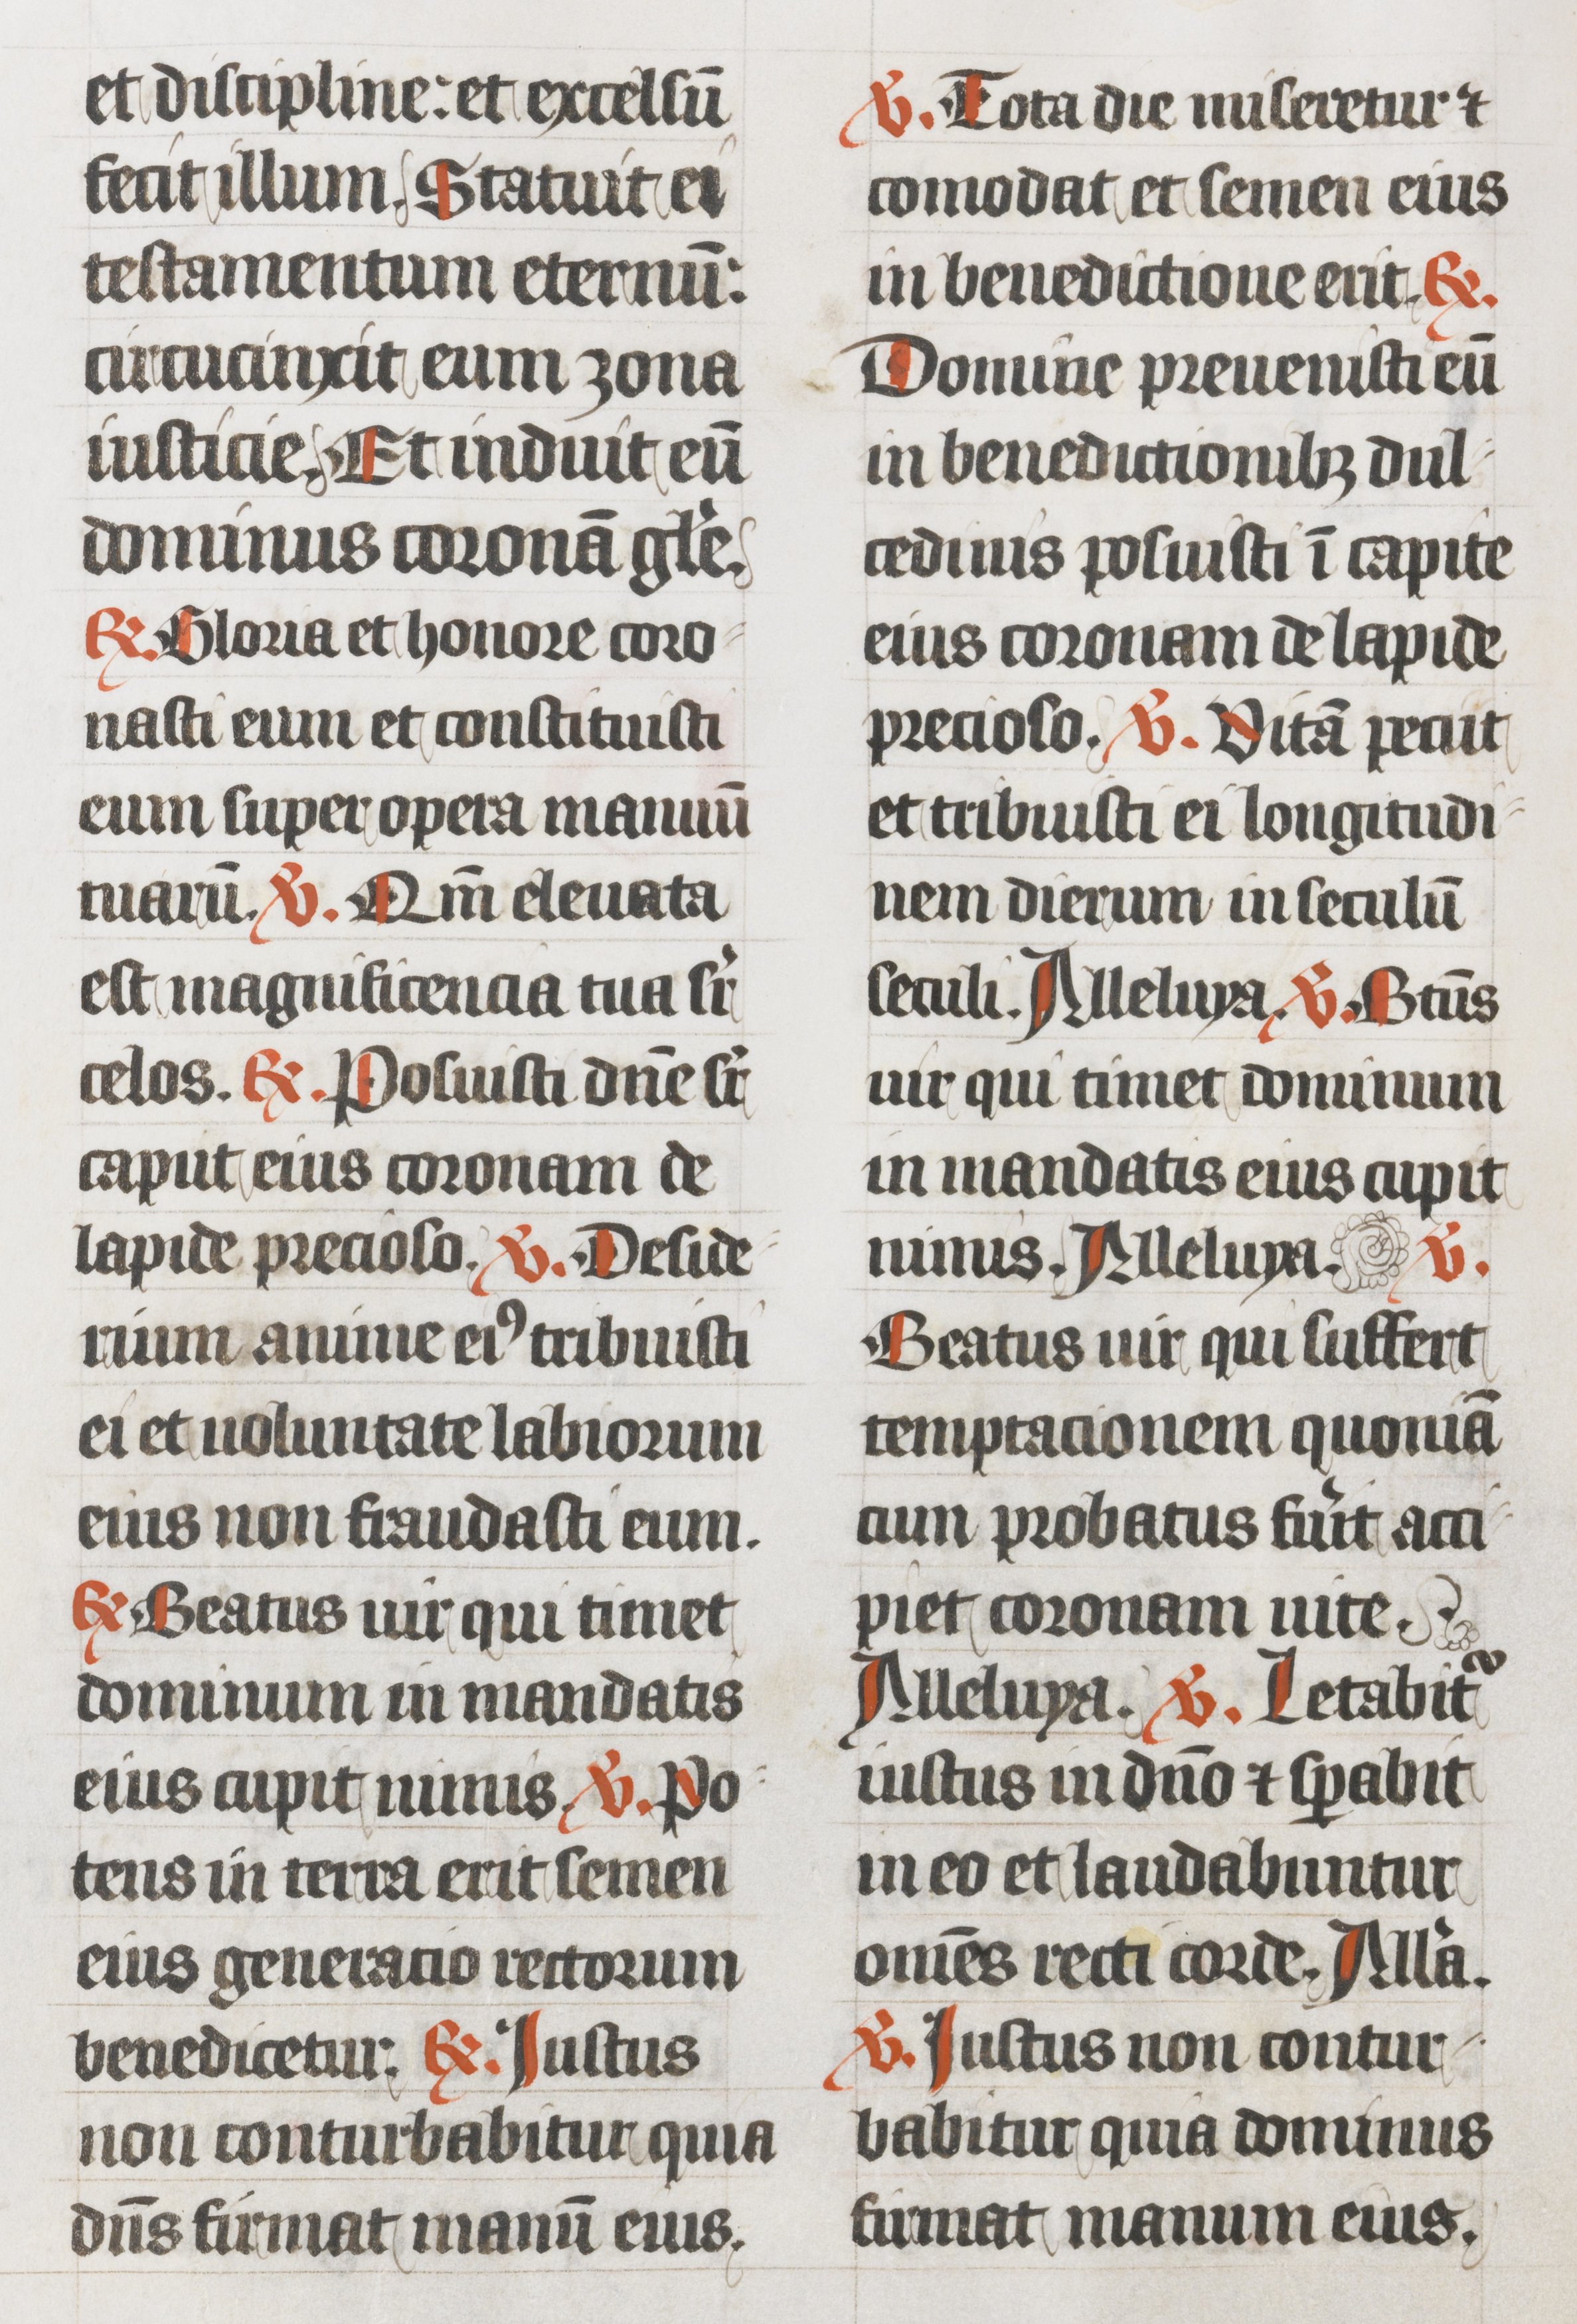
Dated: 1439–1439